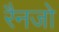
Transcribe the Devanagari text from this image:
रैनजो